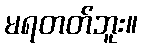
မရတတ်ဘူး။